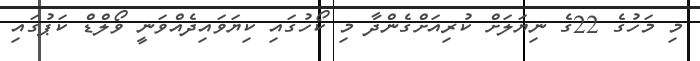
މި މަހުގެ 22ގެ ނިޔަލަށް ކުރިއަށްގެންދާ މި ކޯހުގައި ކިޔަވައިދެއްވަނީ ވޯލްޑް ކަޕުގައި